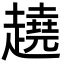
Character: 趬